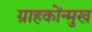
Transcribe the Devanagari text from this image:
ग्राहकोंन्‍मुख